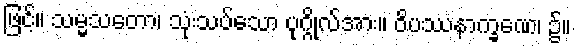
ဖြင့်။ သမ္မသတော၊ သုံးသပ်သော ပုဂ္ဂိုလ်အား။ ဝိပဿနာက္ခဏေ၊ ၌။